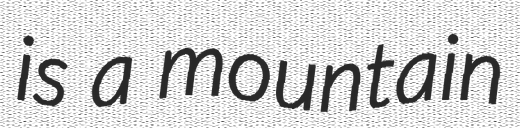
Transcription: is a mountain